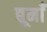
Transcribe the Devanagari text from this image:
द्यूमाँ